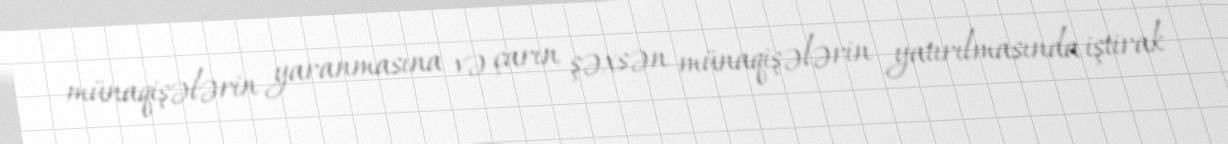
münaqişələrin yaranmasına və çarın şəxsən münaqişələrin yatırılmasında iştirak